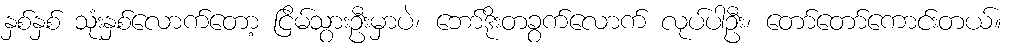
နှစ်နှစ် သုံးနှစ်လောက်တော့ ငြိမ်သွားဦးမှာပဲ၊ ဘော်ဒိုးတခွက်လောက် လုပ်ပါဦး၊ တော်တော်ကောင်းတယ်။